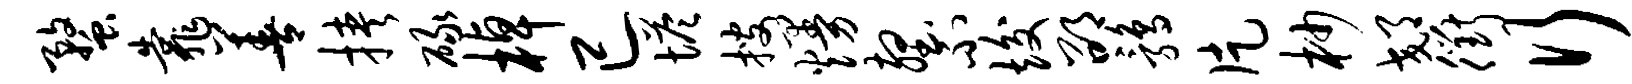
蝥靠善挟碌棹已塔搜熳壑不竣邵鹑片杪郊衢行